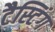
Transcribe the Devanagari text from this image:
टैस्टिंग